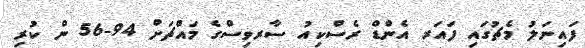
ފައިނަލު މެޗުގައި ފައަރ އެންޑް ރެސްކިއު ސާރވިސްގެ މައްޗަށް 94-56 ން ކުރި